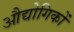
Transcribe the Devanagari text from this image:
औद्योगिकों